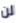
لن